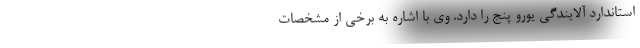
استاندارد آلایندگی یورو پنج را دارد. وی با اشاره به برخی از مشخصات